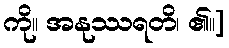
ကို။ အနုဿရတိ၊ ၏။]